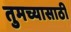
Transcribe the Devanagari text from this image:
तुमच्यासाठी